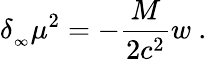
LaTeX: \delta_{_\infty}\mu^{2}=-{\frac{M}{2c^{2}}}w\ .